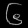
Digit: ၆